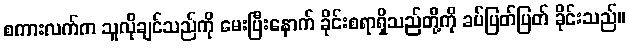
စကားလက်က သူလိုချင်သည်ကို မေးပြီးနောက် ခိုင်းစရာရှိသည်တို့ကို ခပ်ပြတ်ပြတ် ခိုင်းသည်။